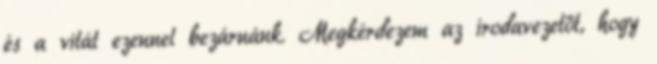
és a vitát ezennel bezárnánk. Megkérdezem az irodavezetőt, hogy